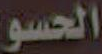
الحسو